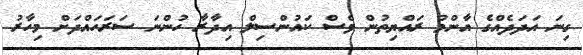
ގިނަ އަދަދެއްގެ އާންމު ރައްޔިތުން ވެސް ކައުންސިލް އިދާރާ ހުންނަ ސަރަހައްދަށް މިހާރު